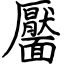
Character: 靨